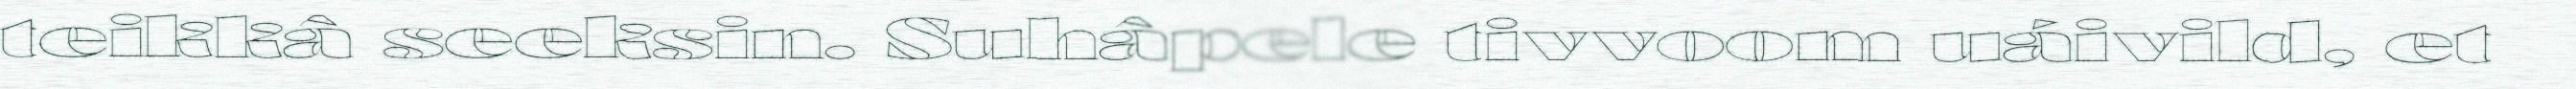
teikkâ seeksin. Suhâpele tivvoom uáivild, et